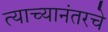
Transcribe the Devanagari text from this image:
त्याच्यानंतरचे